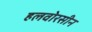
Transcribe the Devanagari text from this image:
हलवोरसीन